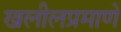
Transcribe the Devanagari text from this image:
खलीलप्रमाणे